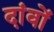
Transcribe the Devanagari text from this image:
दांवों